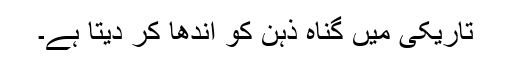
تاریکی میں گناہ ذہن کو اندھا کر دیتا ہے۔